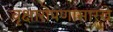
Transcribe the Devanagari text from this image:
वृक्षारोपणासारखे